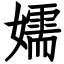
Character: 嬬